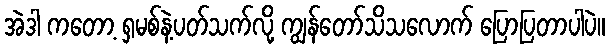
အဲဒါ ကတော့ ရှမစ်နဲ့ပတ်သက်လို့ ကျွန်တော်သိသလောက် ပြောပြတာပါပဲ။